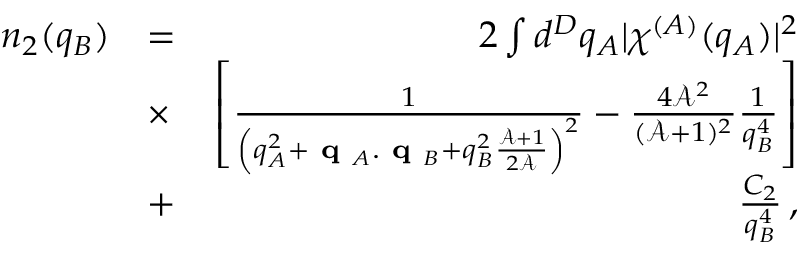
\begin{array} { r l r } { n _ { 2 } ( q _ { B } ) } & { = } & { 2 \int d ^ { D } q _ { A } \lvert \chi ^ { ( A ) } ( q _ { A } ) \rvert ^ { 2 } } \\ & { \times } & { \left[ \frac { 1 } { \left( q _ { A } ^ { 2 } + \textbf { q } _ { A } . \textbf { q } _ { B } + q _ { B } ^ { 2 } \frac { \mathcal { A } + 1 } { 2 \mathcal { A } } \right) ^ { 2 } } - \frac { 4 \mathcal { A } ^ { 2 } } { ( \mathcal { A } + 1 ) ^ { 2 } } \frac { 1 } { q _ { B } ^ { 4 } } \right] } \\ & { + } & { \frac { C _ { 2 } } { q _ { B } ^ { 4 } } \, , } \end{array}